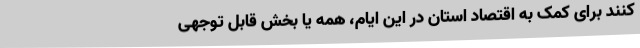
کنند برای کمک به اقتصاد استان در این ایام، همه یا بخش قابل توجهی